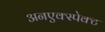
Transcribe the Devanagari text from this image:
अनएक्स्पेक्ट